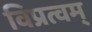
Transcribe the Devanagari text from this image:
विप्रत्वम्